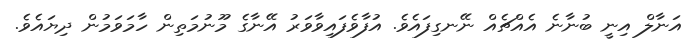
އަނާލް އިނީ ބުނާނެ އެއްޗެއް ނޭނގިފައެވެ. އުފާވެފައިވާވަރު އޭނާގެ މޫނުމަތިން ހާމަވަމުން ދިޔައެވެ.